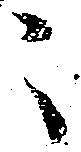
々